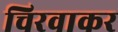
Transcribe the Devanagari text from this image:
चिरवाकर